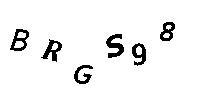
BRGS98